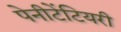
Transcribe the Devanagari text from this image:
पेनीटेंटियरी